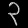
Digit: ၃